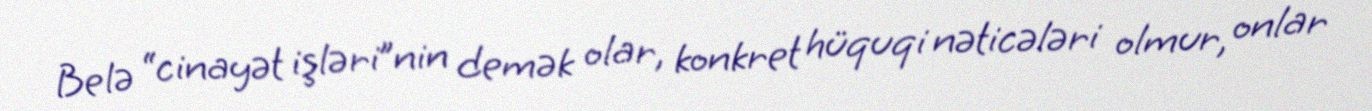
Belə “cinayət işləri”nin demək olar, konkret hüquqi nəticələri olmur, onlar